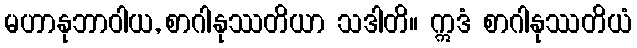
မဟာနုဘာဝါယ, စာဂါနုဿတိယာ သဒါတိ။ ဣဒံ စာဂါနုဿတိယံ